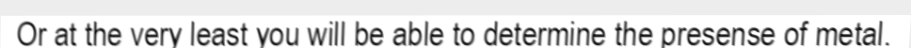
Or at the very least you will be able to determine the presense of metal.